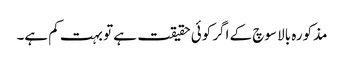
مذکورہ بالا سوچ کے اگر کوئی حقیقت ہے تو بہت کم ہے۔